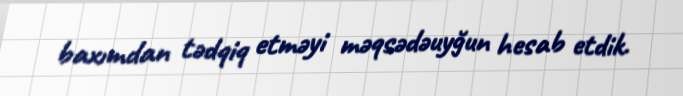
baxımdan tədqiq etməyi məqsədəuyğun hesab etdik.